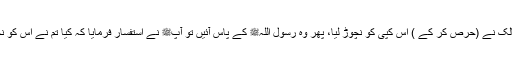
ایک بار اُمّ مالک نے (حرص کر کے ) اس کپی کو نچوڑ لیا، پھر وہ رسول اللہﷺ کے پاس آئیں تو آپﷺ نے استفسار فرمایا کہ کیا تم نے اس کو نچوڑ لیا ہے ؟